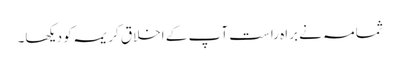
ثمامہ نے براہ راست آپ کے اخلاق کریمہ کو دیکھا۔